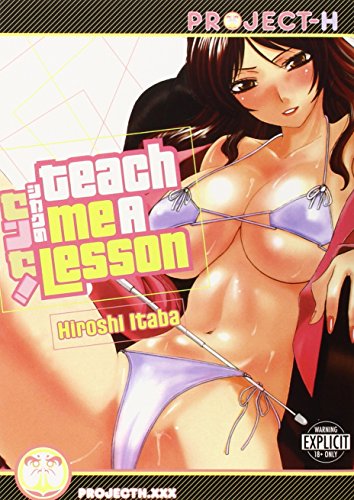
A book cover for Teach Me A Lesson (Hentai Manga); Hiroshi Itaba; Comics & Graphic Novels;